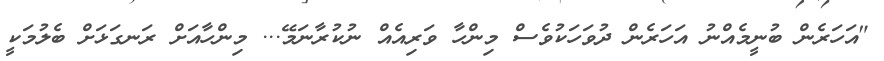
"އަހަރެން ބުނީމެއްނު އަހަރެން ދުވަހަކުވެސް މިންހާ ވަރިއެއް ނުކުރާނަމޭ... މިންހާއަށް ރަނގަޅަށް ބެލުމަކީ